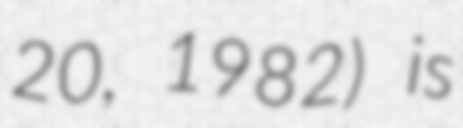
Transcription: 20, 1982) is